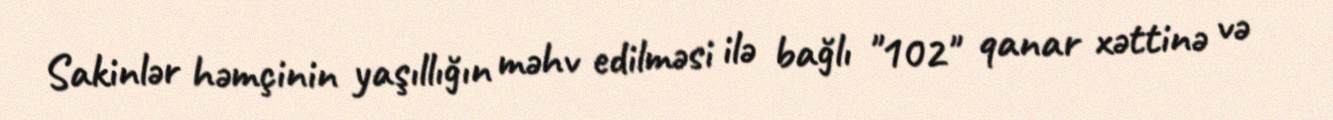
Sakinlər həmçinin yaşıllığın məhv edilməsi ilə bağlı "102" qanar xəttinə və